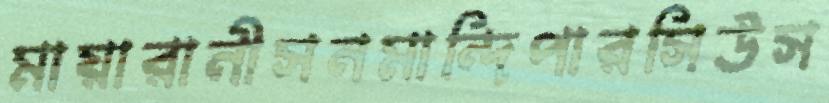
মায়ারানীসনমান্দিপারসিউস